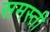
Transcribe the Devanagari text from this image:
समस्ती